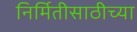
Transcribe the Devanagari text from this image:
निर्मितीसाठीच्या